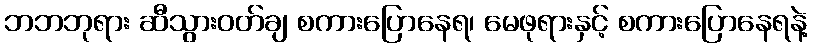
ဘဘဘုရား ဆီသွားဝတ်ချ စကားပြောနေရ၊ မေဖုရားနှင့် စကားပြောနေရနဲ့